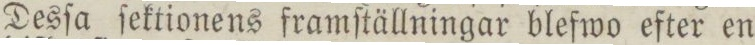
Desſa ſektionens framſtällningar blefwo efter en